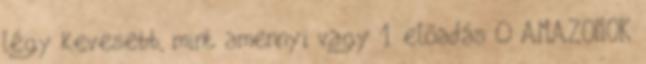
légy kevesebb, mint amennyi vagy 1. előadás 0 AMAZONOK